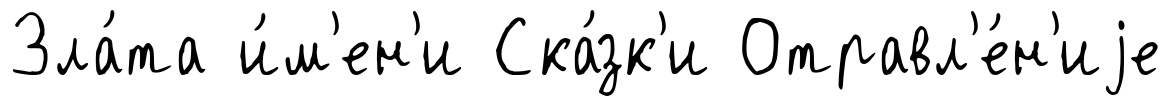
Зла́та и́м'ен'и Ска́зк'и Отравл'е́н'иjе